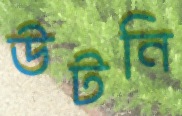
উটনি